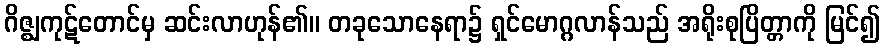
ဂိဇ္ဈကုဋ်တောင်မှ ဆင်းလာဟုန်၏။ တခုသောနေရာ၌ ရှင်မောဂ္ဂလာန်သည် အရိုးစုပြိတ္တာကို မြင်၍